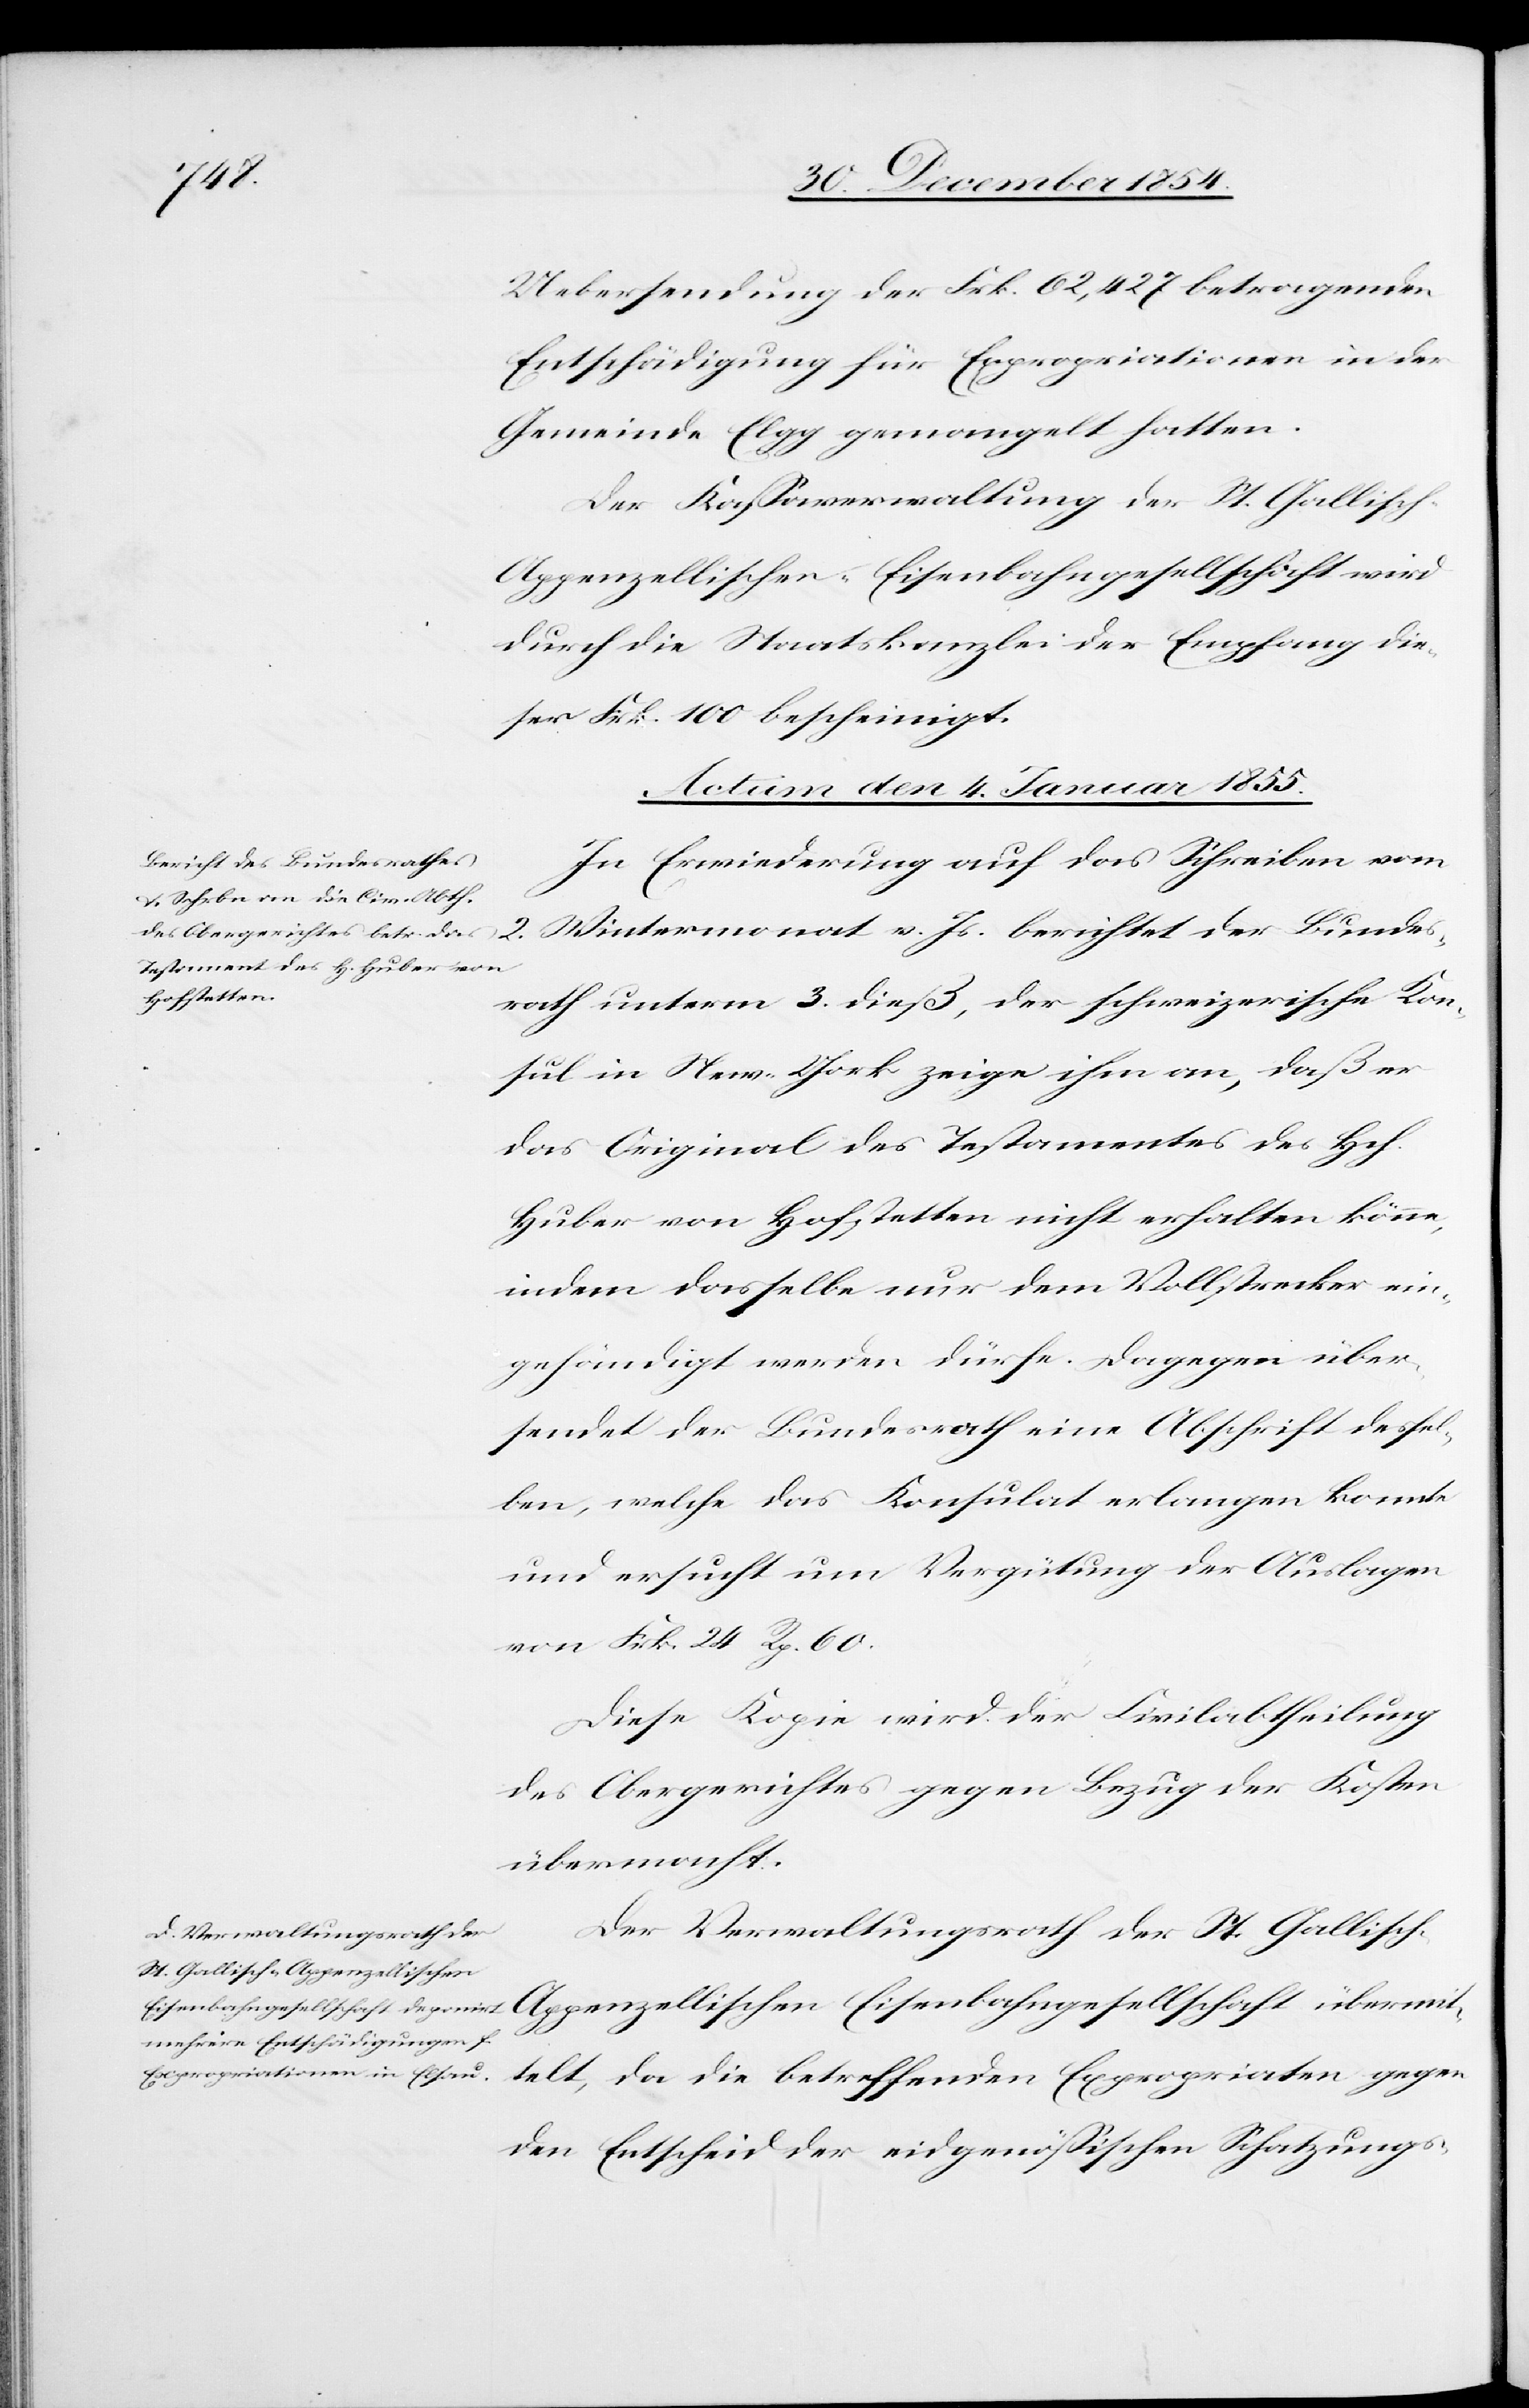
ttelt,
Uebersendung der Frk. 62,427 betragenden
Entschädigung für Expropriationen in der
Gemeinde Elgg gemangelt hatten.
Der Kaßaverwaltung der St. Gallisc¬
h-Appenzellischen Eisenbahngesellschaft übermi¬
durch die Staatskanzlei der Empfang die¬
ser Frk. 100 bescheinigt.
Actum den 4. Januar 1855.]
In Erwiederung auf das Schreiben vom
2. Wintermonat v. Js. berichtet der Bundes¬
rath unterm 3. dieß, der schweizerische Kon¬
sul in New-York zeige ihm an, daß er
das Original des Testamentes des Hch.
Huber von Hofstetten nicht erhalten könne,
indem dasselbe nur dem Vollstrecker ein¬
gehändigt werden dürfe. Dagegen über¬
sendet der Bundesrath eine Abschrift dessel¬
ben, welche das Konsulat erlangen konnte
und ersucht um Vergütung der Auslagen
von Frk. 24 Rp. 60.
Diese Kopie wird der Civilabtheilung
des Obergerichts gegen Bezug der Kosten
übermacht.
Der Verwaltungsrath der St. Gallisc¬
den Entscheid der eidgenößischen Schatzungs-